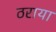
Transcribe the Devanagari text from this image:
ठराया